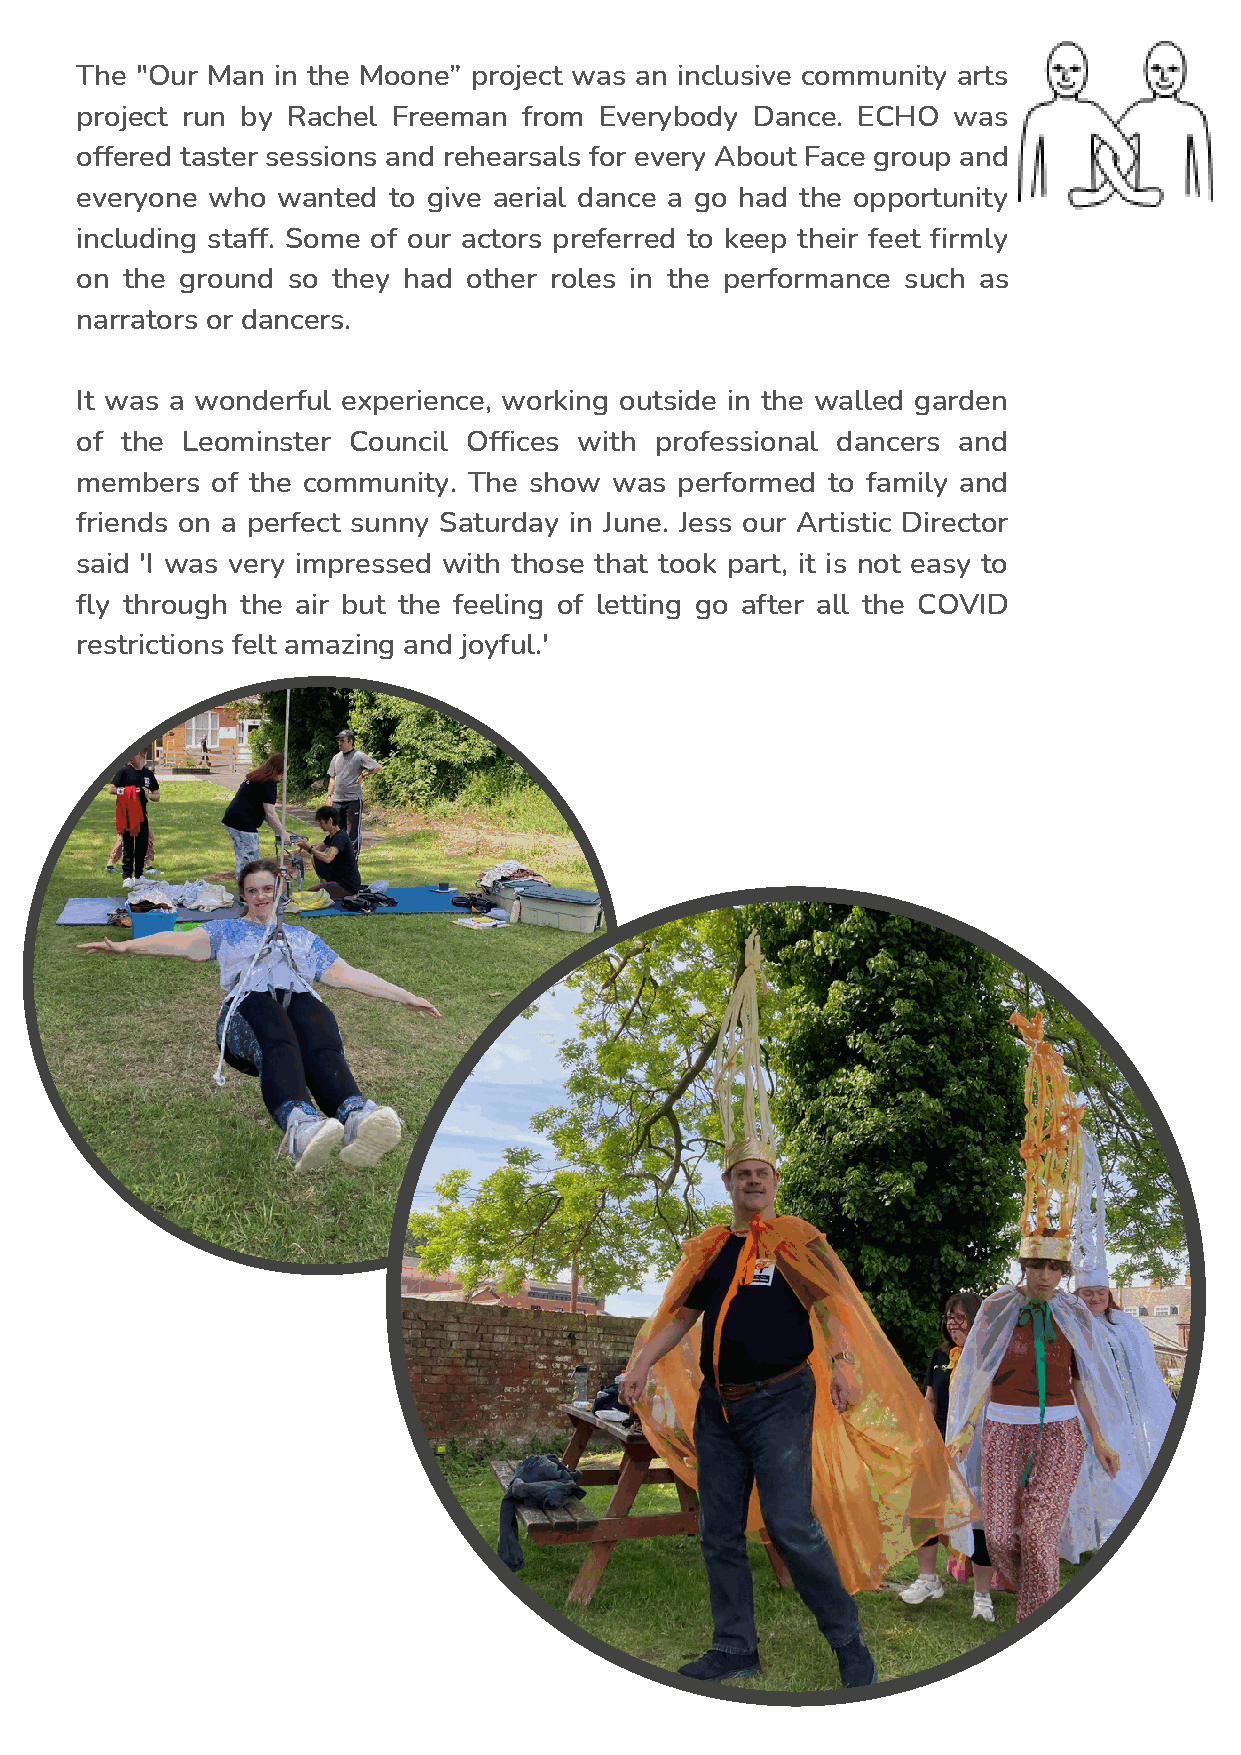
The "Our Man in the Moone” project was an inclusive community arts
 project run by Rachel Freeman from Everybody Dance. ECHO  was
 offered taster sessions and rehearsals for every About Face group and
 everyone who wanted  to give aerial dance a go had the opportunity
 including staff. Some of our actors preferred to keep their feet firmly
 on the ground so they had other roles in the performance such as
 narrators or dancers.
 It was a wonderful experience, working outside in the walled garden
 of the Leominster Council Offices with professional dancers and
 members  of the community. The show was performed to family and
 friends on a perfect sunny Saturday in June. Jess our Artistic Director
 said 'I was very impressed with those that took part, it is not easy to
 fly through the air but the feeling of letting go after all the COVID
 restrictions felt amazing and joyful.'